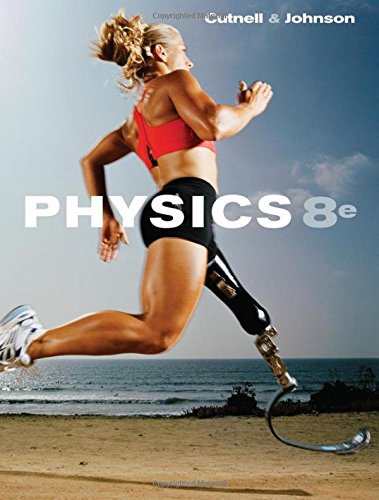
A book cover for Physics; John D. Cutnell; Science & Math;